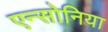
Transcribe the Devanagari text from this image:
एन्सोनिया